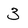
Character: 3